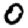
Digit: 0